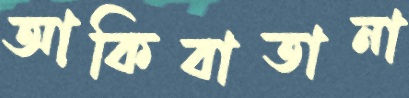
আকিবাতানা